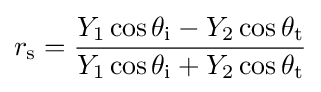
r_{\text{s}}={\frac {Y_{1}\cos \theta _{\text{i}}-Y_{2}\cos \theta _{\text{t}}}{Y_{1}\cos \theta _{\text{i}}+Y_{2}\cos \theta _{\text{t}}}}